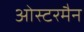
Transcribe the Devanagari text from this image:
ओस्टरमैन